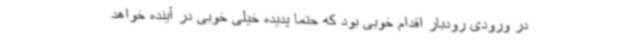
در ورودی رودبار اقدام خوبی بود که حتما پدیده خیلی خوبی در آینده خواهد